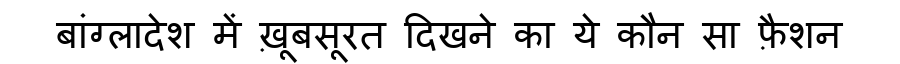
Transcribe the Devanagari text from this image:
बांग्लादेश में ख़ूबसूरत दिखने का ये कौन सा फ़ैशन